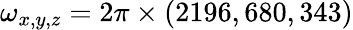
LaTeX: \omega_{x,y,z}=2\pi\times(2196,680,343)